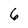
Character: 6